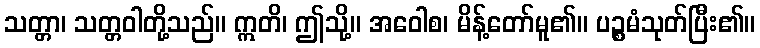
သတ္တာ၊ သတ္တဝါတို့သည်။ ဣတိ၊ ဤသို့။ အဝေါစ၊ မိန့်တော်မူ၏။ ပဉ္စမံသုတ်ပြီး၏။